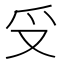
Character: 𠬪